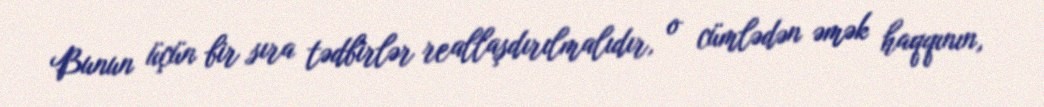
Bunun üçün bir sıra tədbirlər reallaşdırılmalıdır, o cümlədən əmək haqqının,